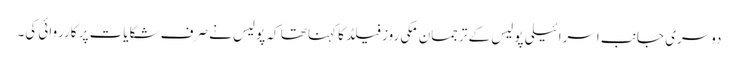
دوسری جانب اسرائیلی پولیس کے ترجمان مکی روز فیلڈ کا کہنا تھا کہ پولیس نے صرف شکایات پر کارروائی کی۔